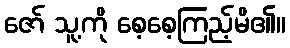
ဇော် သူ့ကို စေ့စေ့ကြည့်မိ၏။